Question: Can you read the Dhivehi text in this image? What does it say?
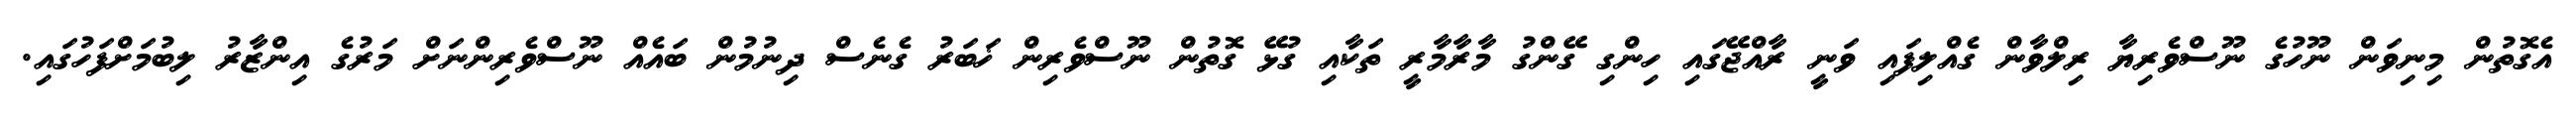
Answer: އެގޮތުން މިނިވަން ނޫހުގެ ނޫސްވެރިޔާ ރިލްވާން ގެއްލިފައި ވަނީ ރާއްޖޭގައި ހިންގި ގޭންގު މާރާމާރީ ތަކާއި ގުޅޭ ގޮތުން ނޫސްވެރިން ޚަބަރު ގެނެސް ދިނުމުން ބައެއް ނޫސްވެރިންނަށް މަރުގެ އިންޒާރު ލިބުމަށްފަހުގައި.